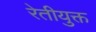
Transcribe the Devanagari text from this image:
रेतीयुक्त